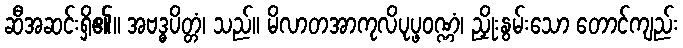
ဆီအဆင်းရှိ၏။ အဗဒ္ဓပိတ္တံ၊ သည်။ မိလာတအာကုလိပုပ္ဖဝဏ္ဏံ၊ ညှိုးနွမ်းသော တောင်ကျည်း